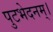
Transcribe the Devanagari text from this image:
पुटभेदनम्।